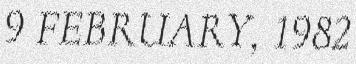
9 FEBRUARY, 1982